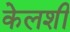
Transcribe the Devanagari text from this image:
केलशी